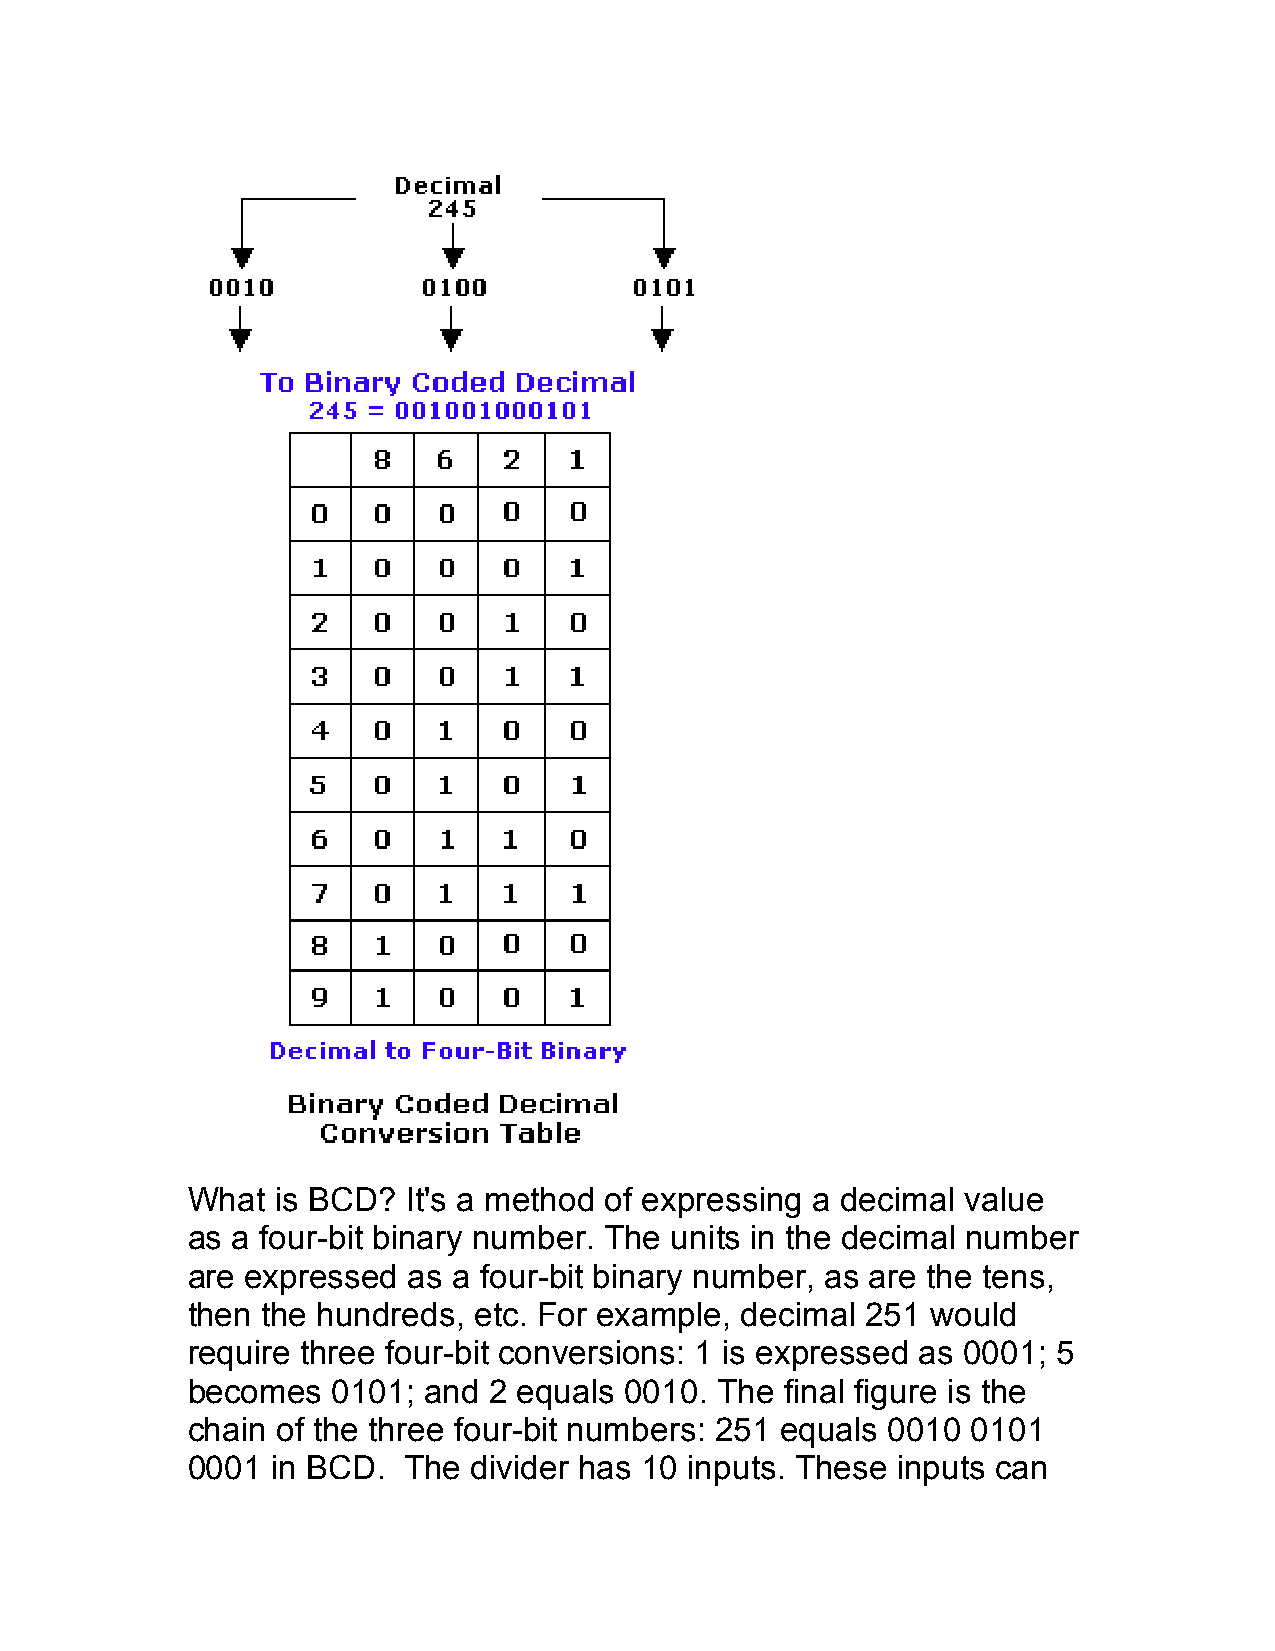
What  is BCD?  It's a method of expressing a decimal value
 as a four-bit binary number. The units in the decimal number
 are expressed  as a four-bit binary number, as are the tens,
 then the hundreds, etc. For example, decimal 251  would
 require three four-bit conversions: 1 is expressed as 0001; 5
 becomes   0101; and 2 equals 0010.  The final figure is the
 chain of the three four-bit numbers: 251 equals 0010 0101
 0001  in BCD.  The divider has 10 inputs. These inputs can